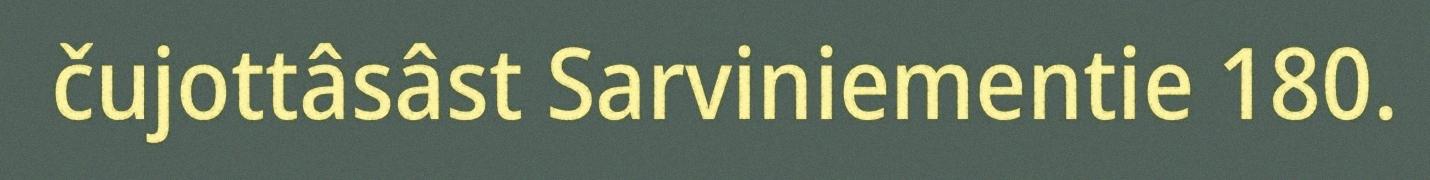
čujottâsâst Sarviniementie 180.